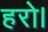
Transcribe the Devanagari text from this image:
हरो।